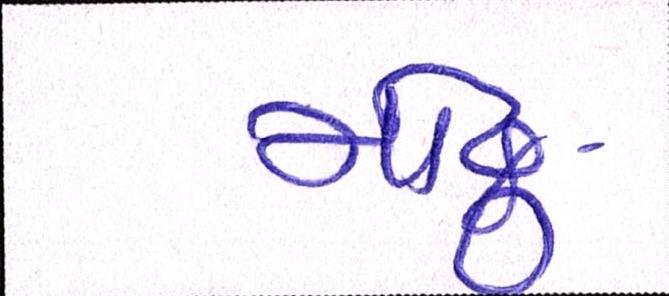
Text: મોઢુ